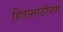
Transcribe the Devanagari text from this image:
हितासाठीपण